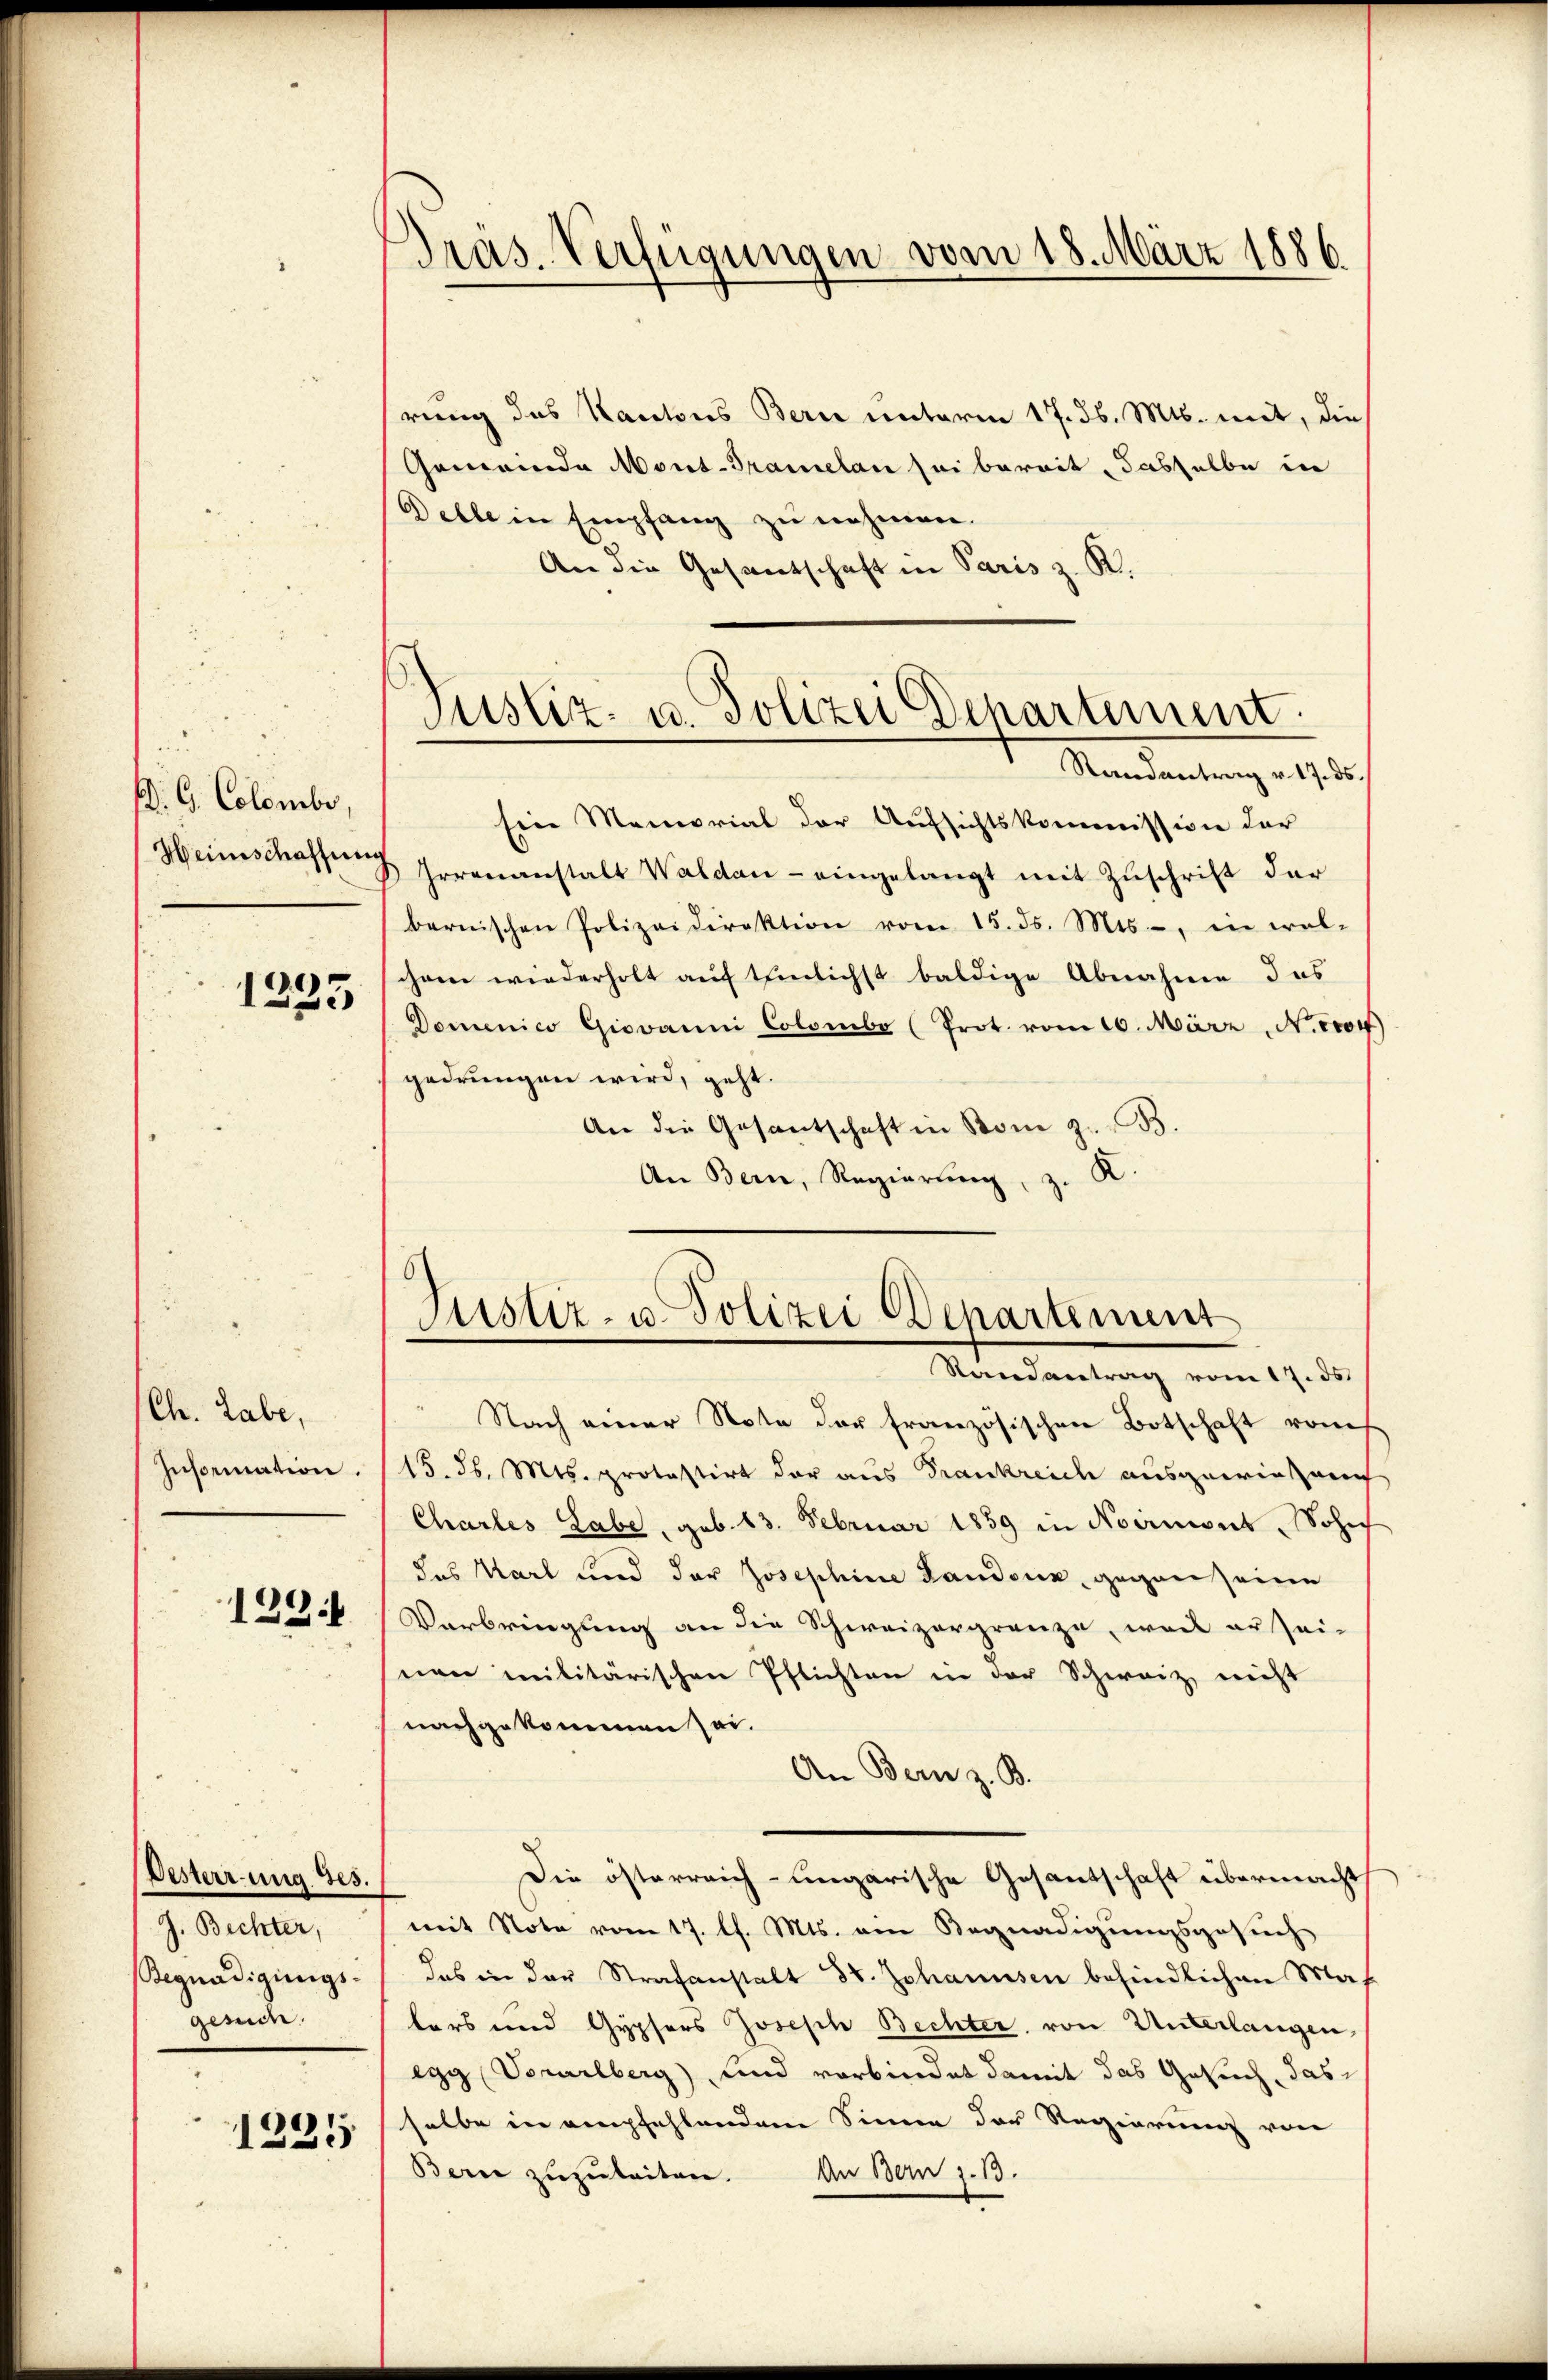
d. 6. Celembr

1233

(Ch. Labe,
Information.

129

Oesterrung Ges.
J. Bechter,
Begnadigungs-
gesuche.

1235

rung des Kantons Bern unterm 17. d. Mts. mit, die
Gemeinde Mont-Tramelan sei bereit dasselbe in
Delle in Empfang zu nehmen.
An die Gesandschaft in Paris z. K.

Präs. Verfügungen vom 18. März 1886.

Justiz- u. Polizei Departement.
Randantrag v. 17. ds.

Ein Memorial der Aufsichtskommission der
Heimschaffung Irrenanstalt Waldau - eingelangt mit Zŭschrift der
bernischen Polizeidirektion vom 15. ds. Mts., in wel-
chem wiederholt auf teinlichst baldige Abnahme das
Domenico Giovanni Colombe (Prot. vom 16. März, N. 1104)
gedrungen wird, geht.
An die Gesantschaft in Rom z. B.
An Bern, Regierung, z. K.

Justiz- u. Polizei Departement
Randantrag vom 17. ds.

Nach einer Note der französischen Botschaft vom
15. d. Mts. protestirt der aus Trankreich ausgewiesen
Chartes Labe, geb. 13. Februar 1859 in Normont, Sohn
das Karl und der Josephine Landenz, gegen seine
Verbringung an die Schweizergrenze, weil er sei-
snen militärischen Pflichten in der Schweiz nicht
nachgekommen sei.
An Bern z. B.
Die österreich-ungarische Gesantschaft übermacht
mit Note vom 17. Ch. Mts. ein Begnadigungsgesuch
das in der Strafanstalt St. Johannsen befindlichen Mas
ters und Gypfers Joseph Bechter von Unterlangen
egg Vorarlberg) und verbindet damit das Gesuch, das
selbe in empfehlendem Sinne der Regierung von
Bern zuzuleiten. An Bern 1. 13.